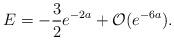
LaTeX: \begin{align*}E = -\frac{3}{2} e^{-2a} + \mathcal{O}(e^{-6a}).\end{align*}